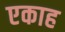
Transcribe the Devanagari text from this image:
एकाह